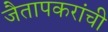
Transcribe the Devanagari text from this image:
जैतापकरांची